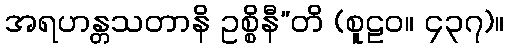
အရဟန္တသတာနိ ဥစ္စိနီ”တိ (စူဠဝ။ ၄၃၇)။